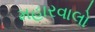
મહારવાલો